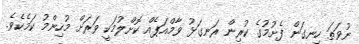
ނުވަތަ ހިނގަން ފެށުމުގެ ކުރިން ރަނގަޅު ވާމްއަޕެއް ކޮށްލުމަކީ ވަރަށް މުހިންމު ކަމެކެވެ.